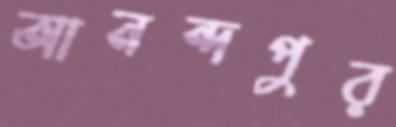
আনন্দপুর